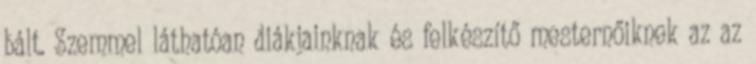
bált. Szemmel láthatóan diákjainknak és felkészítő mesternőiknek az az